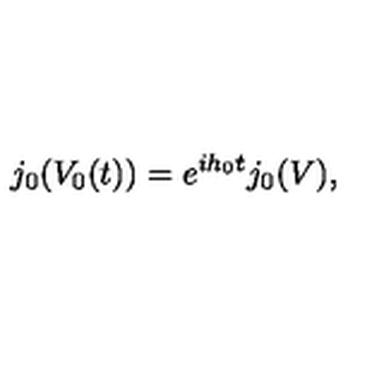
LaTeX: j _ { 0 } ( V _ { 0 } ( t ) ) = e ^ { i h _ { 0 } t } j _ { 0 } ( V ) ,